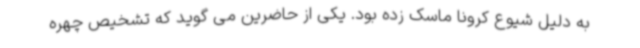
به دلیل شیوع کرونا ماسک زده بود. یکی از حاضرین می گوید که تشخیص چهره